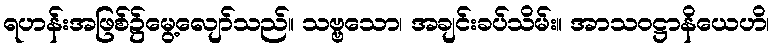
ရဟန်းအဖြစ်၌မွေ့လျော်သည်။ သဗ္ဗသော၊ အချင်းခပ်သိမ်း။ အာသဝဋ္ဌာနိယေဟိ၊